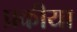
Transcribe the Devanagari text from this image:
प्रकीया